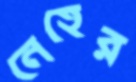
নেহের